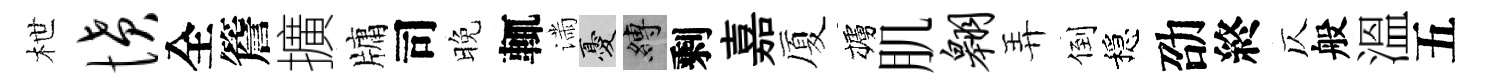
枻愤全簷擴牗司晚輒滿憂縛剩嘉厦櫨肌翱弄倒穩劭終仄般溫五